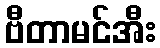
ဗီတာမင်အီး